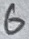
Text: 6